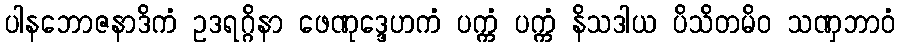
ပါနဘောဇနာဒိကံ ဥဒရဂ္ဂိနာ ဖေဏုဒ္ဒေဟကံ ပက္ကံ ပက္ကံ နိသဒါယ ပိသိတမိဝ သဏှဘာဝံ